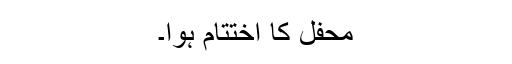
محفل کا اختتام ہوا۔